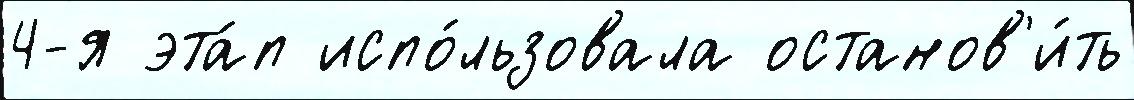
4-я эта́п испо́льзовала останов'и́ть